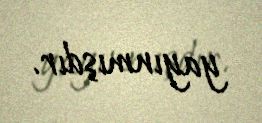
yayınmışdır.